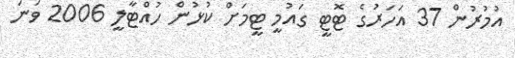
އުމުރުން 37 އަހަރުގެ ޓޮޓީ ގައުމީ ޓީމަށް ކުޅުން ހުއްޓާލީ 2006 ވަނަ